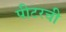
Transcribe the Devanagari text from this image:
पीटरची